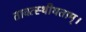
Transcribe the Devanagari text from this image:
तावत्स्थीयताम्।